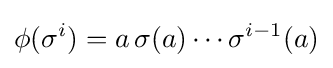
\phi (\sigma ^{i})=a\,\sigma (a)\cdots \sigma ^{i-1}(a)